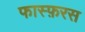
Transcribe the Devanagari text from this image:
फास्फ़रस